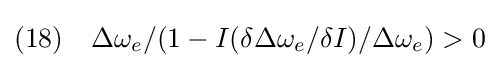
(18)\quad \Delta \omega _{e}/(1-I(\delta \Delta \omega _{e}/\delta I)/\Delta \omega _{e})>0